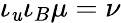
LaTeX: \iota_{\mathit{u}}\iota_{B}\mu=\nu